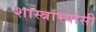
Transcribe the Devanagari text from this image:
शास्त्राभ्यासी